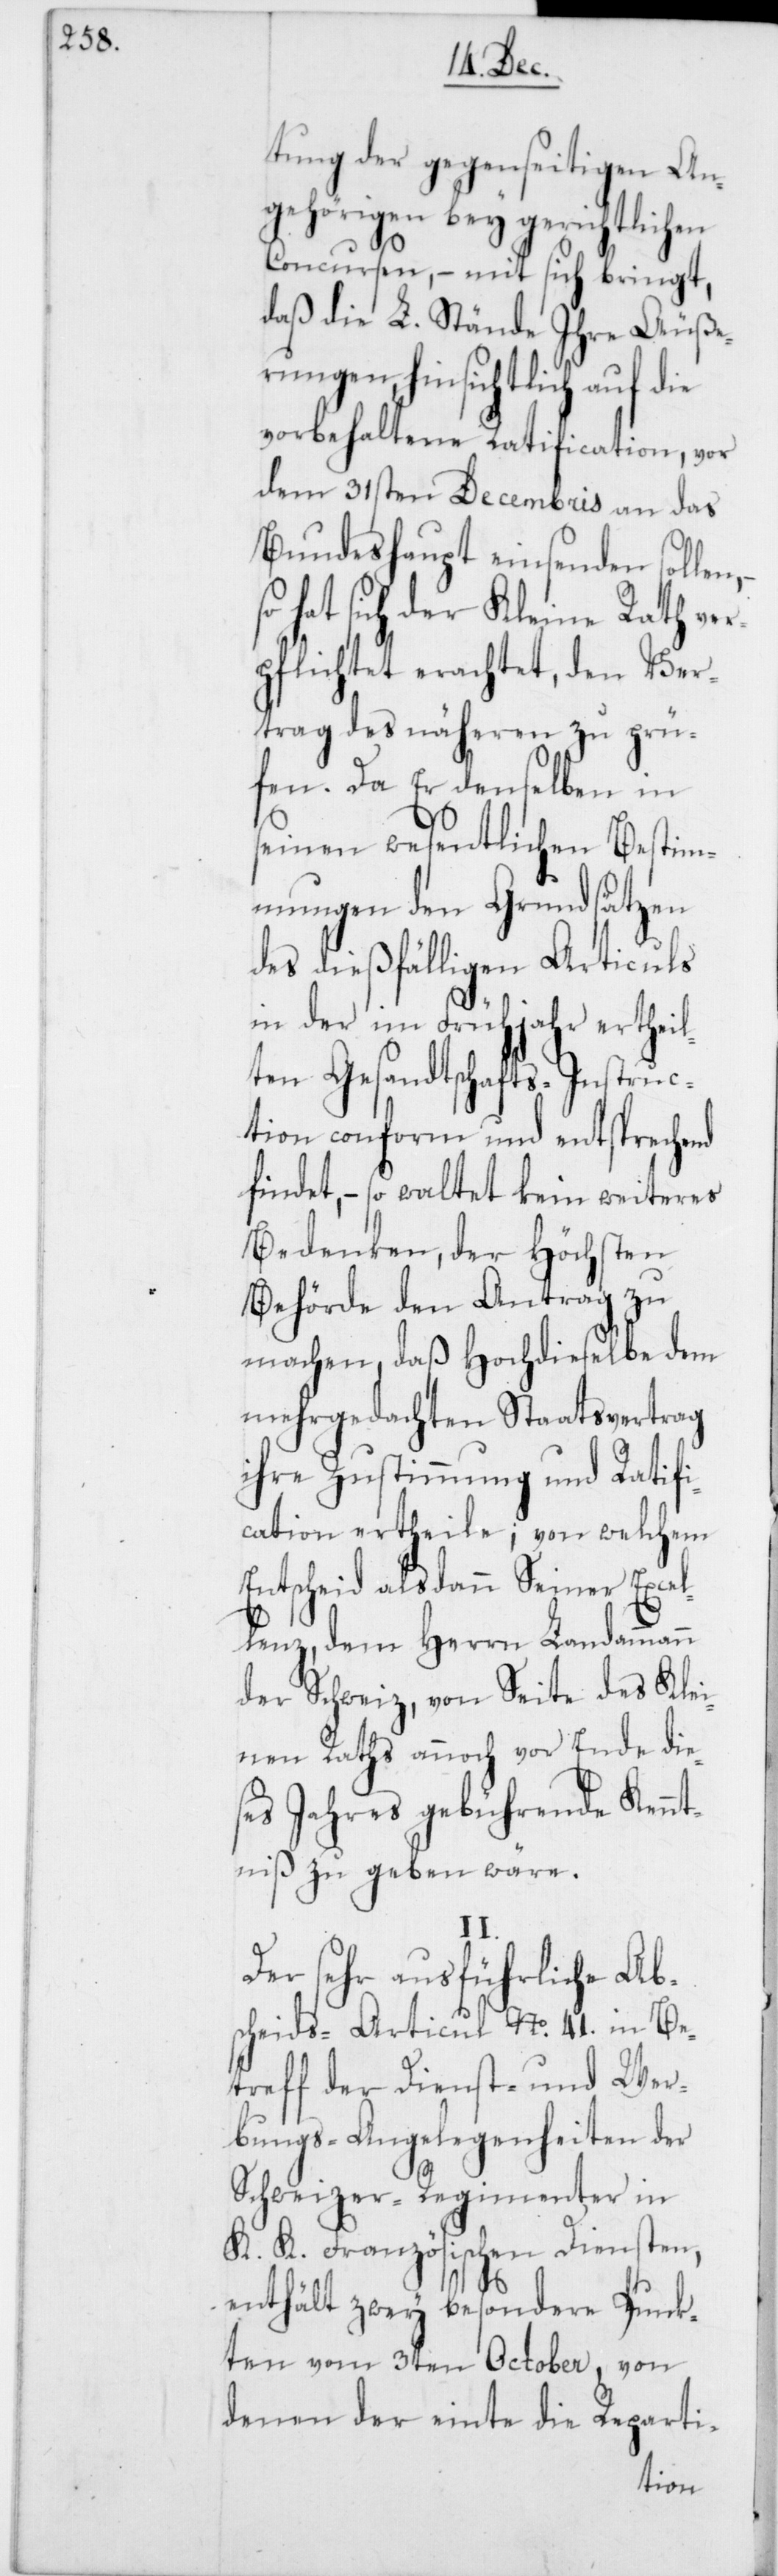
tung der gegenseitigen An¬
gehörigen bey gerichtlichen
Concursen, – mit sich bringt,
daß die L. Stände Ihre Äuße¬
rungen, hinsichtlich auf die
vorbehaltene Ratification, vor
dem 31sten Decembris an das
Bundeshaupt einsenden solle¬
so hat sich der Kleine Rath ve¬
rpflichtet erachtet, den Ver¬
trag des näheren zu prü¬
fen. Da er denselben in
seinen wesentlichen Bestim¬
mungen den Grundsätzen
des dießfälligen Articuls
in der im Frühjahr erthei¬
lten Gesandtschafts-Instruc¬
tion conform und entsprechend
findet, – so waltet kein weiteres
Bedenken, der Höchsten
Behörde den Antrag zu
machen, daß Hochdieselbe dem
mehrgedachten Staatsvertrag
ihre Zustimmung und Ratifi¬
cation ertheile; von welchem
Entscheid alsdann Seiner Exce¬
llenz,dem Herrn Landammann
der Schweiz, von Seite des Klei¬
nen Raths annoch vor Ende die¬
ses Jahres gebührende Kennt¬
niß zu geben wäre.
II.
Der sehr ausführliche Abs¬
cheids-Articul No. 41. in Be¬
treff der Dienst- und Wer¬
bungs-Angelegenheiten der
Schweizer-Regimenter in
K. K. Französischen Diensten,
enthält zwey besondere Punk¬
ten vom 3ten October, von
denen der einte die Reparti-